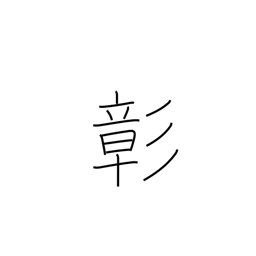
Meaning: patent